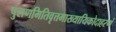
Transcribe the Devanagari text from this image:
पुराणमितिवृत्तमाख्यायिकोदाहरणं